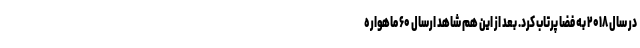
در سال ۲۰۱۸ به فضا پرتاب کرد. بعد از این هم شاهد ارسال ۶۰ ماهواره